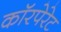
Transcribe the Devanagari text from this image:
काॅरपेरेट